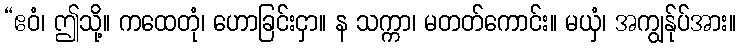
“ဧဝံ၊ ဤသို့။ ကထေတုံ၊ ဟောခြင်းငှာ။ န သက္ကာ၊ မတတ်ကောင်း။ မယှံ၊ အကျွန်ုပ်အား။